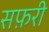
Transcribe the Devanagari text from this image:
सफ़री